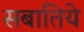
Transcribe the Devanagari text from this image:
सबातिये